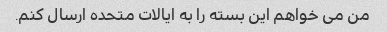
من می خواهم این بسته را به ایالات متحده ارسال کنم.